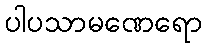
ပါပသာမဏေရော